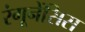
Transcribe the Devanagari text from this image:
रंगूनेंसिस